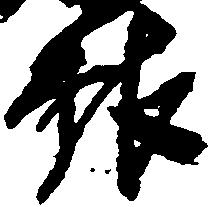
報